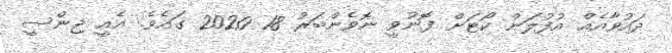
ދައުވާއެއް އުފުލަން ކޯޓަށް ފޮނުވީ ނޮވެންބަރު 18 2020 ގައެވެ. އެއީ ޖިންސީ